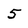
Character: 5